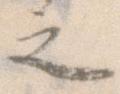
之